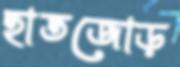
হাতজোড়